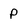
Character: P